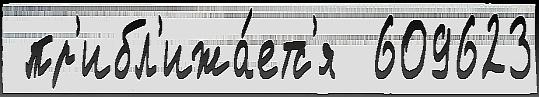
 пр'ибл'ижа́етс'я  609623